Annual report on the lock hospitals of the Madras Presidency
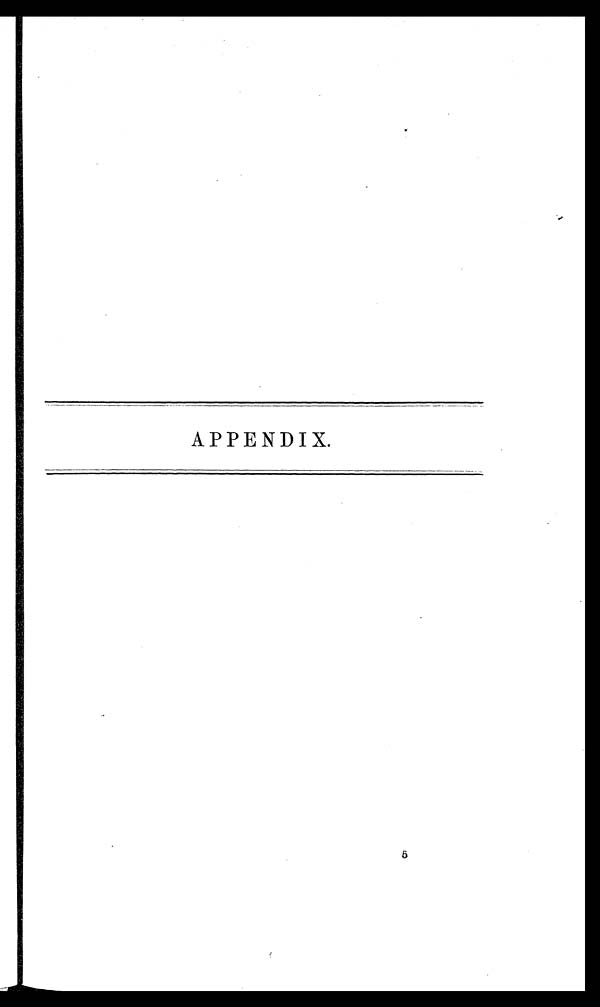
APPENDIX.
5
5